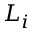
L _ { i }